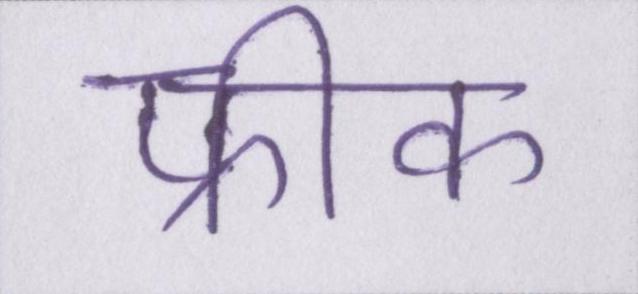
फ्रीक